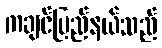
ကချင်ပြည်နယ်သည်